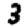
Digit: 3